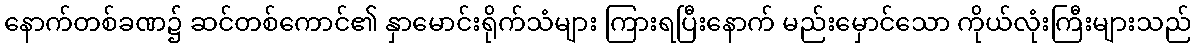
နောက်တစ်ခဏ၌ ဆင်တစ်ကောင်၏ နှာမောင်းရိုက်သံများ ကြားရပြီးနောက် မည်းမှောင်သော ကိုယ်လုံးကြီးများသည်